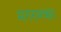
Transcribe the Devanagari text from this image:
मगरमच्छ।